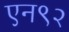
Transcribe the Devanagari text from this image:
एन९२